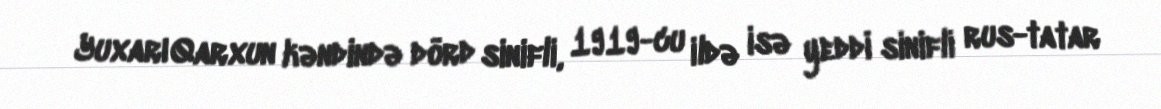
Yuxarı Qarxun kəndində dörd sinifli, 1919-cu ildə isə yeddi sinifli rus-tatar